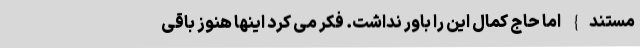
مستند} اما حاج کمال این را باور نداشت. فکر می کرد اینها هنوز باقی